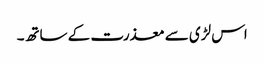
اس لڑی سے معذرت کے ساتھ۔